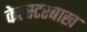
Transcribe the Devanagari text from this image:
केल्स्टरबाख